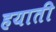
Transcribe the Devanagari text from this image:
हयाती